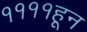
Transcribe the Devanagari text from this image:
११११हून